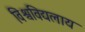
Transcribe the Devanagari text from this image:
विश्वविद्यलाय